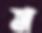
ম